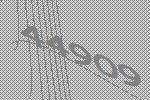
44909